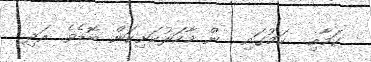
ކަމާއި  ކަމުގައި  ން މާހަރުކަށިކަން ބޮޑެވެ. އަދި